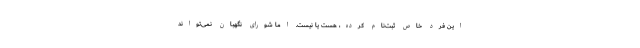
این فرد خاص ثبت‌نام کرده، هست یا نیست. اما شورای نگهبان نمی‌تواند